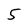
Character: 5